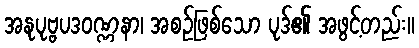
အနုပုဗ္ဗပဒဝဏ္ဏနာ၊ အစဉ်ဖြစ်သော ပုဒ်၏ အဖွင့်တည်း။